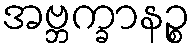
အဗ္ဘက္ခာနဉ္စ